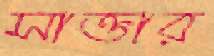
সাক্তার